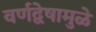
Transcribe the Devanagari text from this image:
वर्णद्वेषामुळे